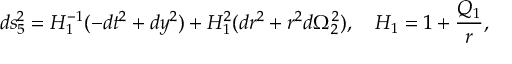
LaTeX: d s _ { 5 } ^ { 2 } = H _ { 1 } ^ { - 1 } ( - d t ^ { 2 } + d y ^ { 2 } ) + H _ { 1 } ^ { 2 } ( d r ^ { 2 } + r ^ { 2 } d \Omega _ { 2 } ^ { 2 } ) , \quad H _ { 1 } = 1 + { \frac { Q _ { 1 } } { r } } ,